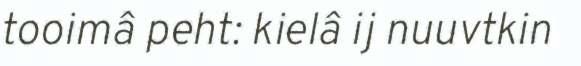
tooimâ peht: kielâ ij nuuvtkin